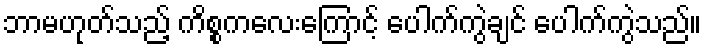
ဘာမဟုတ်သည့် ကိစ္စကလေးကြောင့် ပေါက်ကွဲချင် ပေါက်ကွဲသည်။